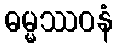
ဓမ္မဿဝနံ